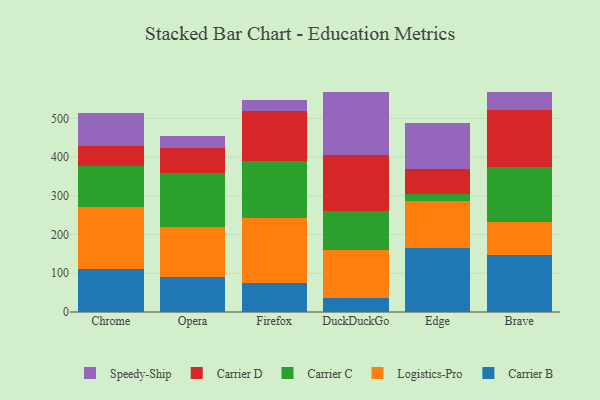
{"axis": {"x": "Browser", "y": "Production Output"}, "legend": ["Carrier B", "Carrier C", "Carrier D", "Logistics-Pro", "Speedy-Ship"], "data": [{"x": "Chrome", "y": 110.9, "type": "Carrier B"}, {"x": "Chrome", "y": 159.4, "type": "Logistics-Pro"}, {"x": "Chrome", "y": 105.5, "type": "Carrier C"}, {"x": "Chrome", "y": 53.9, "type": "Carrier D"}, {"x": "Chrome", "y": 83.5, "type": "Speedy-Ship"}, {"x": "Opera", "y": 91.6, "type": "Carrier B"}, {"x": "Opera", "y": 127.5, "type": "Logistics-Pro"}, {"x": "Opera", "y": 140.9, "type": "Carrier C"}, {"x": "Opera", "y": 62.4, "type": "Carrier D"}, {"x": "Opera", "y": 30.9, "type": "Speedy-Ship"}, {"x": "Firefox", "y": 73.9, "type": "Carrier B"}, {"x": "Firefox", "y": 168.0, "type": "Logistics-Pro"}, {"x": "Firefox", "y": 146.7, "type": "Carrier C"}, {"x": "Firefox", "y": 129.2, "type": "Carrier D"}, {"x": "Firefox", "y": 28.8, "type": "Speedy-Ship"}, {"x": "DuckDuckGo", "y": 35.5, "type": "Carrier B"}, {"x": "DuckDuckGo", "y": 124.6, "type": "Logistics-Pro"}, {"x": "DuckDuckGo", "y": 99.5, "type": "Carrier C"}, {"x": "DuckDuckGo", "y": 146.8, "type": "Carrier D"}, {"x": "DuckDuckGo", "y": 161.5, "type": "Speedy-Ship"}, {"x": "Edge", "y": 166.5, "type": "Carrier B"}, {"x": "Edge", "y": 120.6, "type": "Logistics-Pro"}, {"x": "Edge", "y": 17.7, "type": "Carrier C"}, {"x": "Edge", "y": 64.9, "type": "Carrier D"}, {"x": "Edge", "y": 117.9, "type": "Speedy-Ship"}, {"x": "Brave", "y": 146.6, "type": "Carrier B"}, {"x": "Brave", "y": 85.7, "type": "Logistics-Pro"}, {"x": "Brave", "y": 141.0, "type": "Carrier C"}, {"x": "Brave", "y": 149.0, "type": "Carrier D"}, {"x": "Brave", "y": 46.7, "type": "Speedy-Ship"}]}